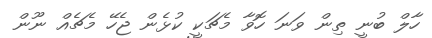
ހާލް ބުނީ ތިން ވަނަ ހޮވާ މެޗަކީ ކުޅެން ޖެހޭ މެޗެއް ނޫން